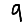
Digit: 9